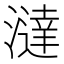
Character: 澾